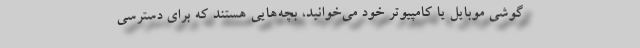
گوشی موبایل یا کامپیوتر خود می‌خوانید، بچه‌هایی هستند که برای دسترسی